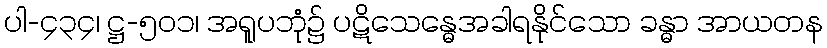
ပါ-၄၃၄၊ ဋ္ဌ-၅၀၁၊ အရူပဘုံ၌ ပဋိသေန္ဓေအခါရနိုင်သော ခန္ဓာ အာယတန